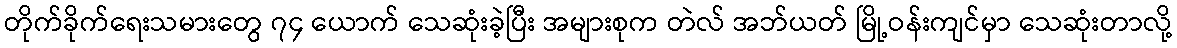
တိုက်ခိုက်ရေးသမားတွေ ၇၄ ယောက် သေဆုံးခဲ့ပြီး အများစုက တဲလ် အဘ်ယတ် မြို့ဝန်းကျင်မှာ သေဆုံးတာလို့